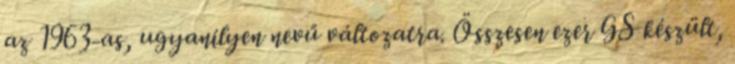
az 1963-as, ugyanilyen nevű változatra. Összesen ezer GS készült,